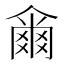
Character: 𤕨